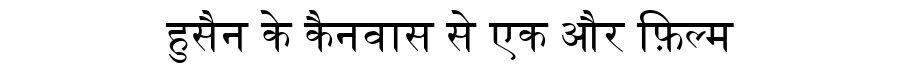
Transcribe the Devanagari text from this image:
हुसैन के कैनवास से एक और फ़िल्म